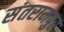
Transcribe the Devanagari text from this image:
संतरामपुर